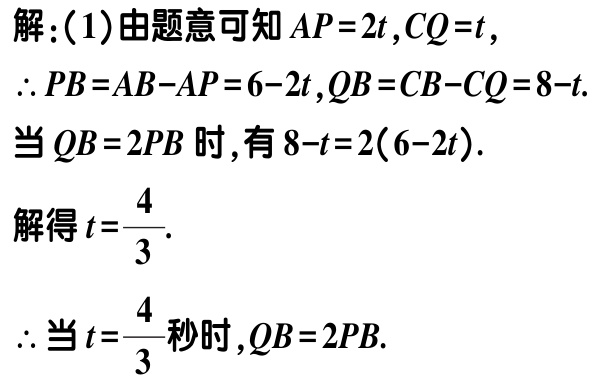
解：(1)由题意可知 \(AP = 2t,CQ=t\)，

\(\therefore PB = AB - AP=6 - 2t,QB = CB - CQ = 8 - t\).

当 \(QB = 2PB\) 时，有 \(8 - t = 2(6 - 2t)\).

解得 \(t = \frac{4}{3}\).

\(\therefore\)当 \(t=\frac{4}{3}\) 秒时，\(QB = 2PB\).